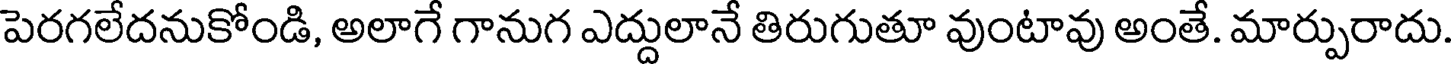
పెరగలేదనుకోండి, అలాగే గానుగ ఎద్దులానే తిరుగుతూ వుంటావు అంతే. మార్పురాదు.